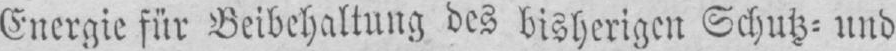
Energie für Beibehaltung des bisherigen Schutz⸗und